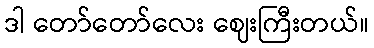
ဒါ တော်တော်လေး ဈေးကြီးတယ်။